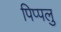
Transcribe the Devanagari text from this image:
पिप्पलु